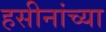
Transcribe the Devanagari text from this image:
हसीनांच्या